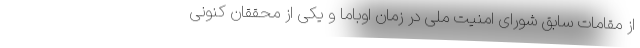
از مقامات سابق شورای امنیت ملی در زمان اوباما و یکی از محققان کنونی